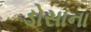
ડોસાના